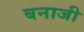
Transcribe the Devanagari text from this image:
बनाजी